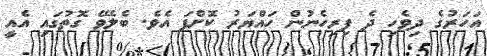
އަހަރުގެ ދިވެހި ދެ ފިރިހެނުން ހައްޔަރު ކޮށްފަ އެވެ. ބެލެވޭ ގޮތުގައި އެއީ